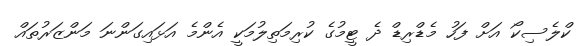
ކްލެސިކޯ އަށް ފަހު މެޑްރިޑް ދެ ޓީމުގެ ކުރިމަތިލުމަކީ އެންމެ އަޅައިގަންނަ މަންޒަރުތައް